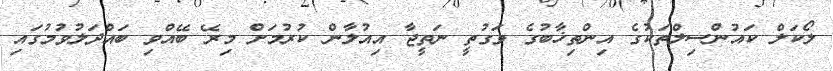
ލޯކަލް ކައުންސިލްތަކުގެ އިންތިޚާބުގެ ވަގުތީ ނަތީޖާ އިއުލާން ކުރުމަށް މިރޭ ބޭއްވި ބައްދަލުވުމުގައި